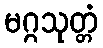
မဂ္ဂသုတ္တံ